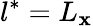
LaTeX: l^{*}=L_{\mathbf{x}}